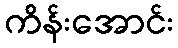
ကိန်းအောင်း